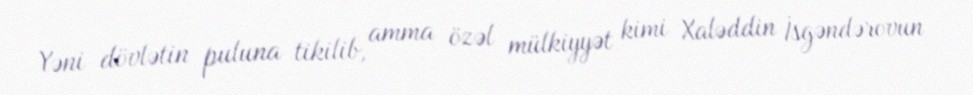
Yəni dövlətin puluna tikilib, amma özəl mülkiyyət kimi Xaləddin İsgəndərovun